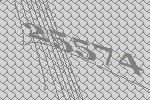
25574